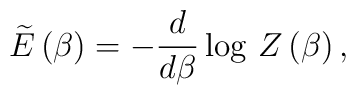
\widetilde{E}\left( \beta \right) =-\frac{d}{d\beta }\log \, Z\left( \beta \right) ,